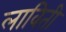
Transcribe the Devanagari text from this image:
लाविती